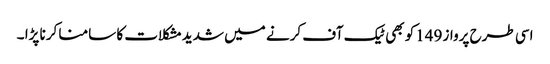
اسی طرح پرواز 149کو بھی ٹیک آف کرنے میں شدیدمشکلات کا سامنا کرنا پڑا ۔